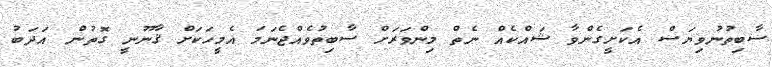
ސާބިތުނުވިޔަސް އެކަށީގެންވާ ޝައްކެއް ނެތް މިންވަރަށް ސާބިތުވެއްޖެނަމަ އެމީހަކަށް ޤާނޫނީ ގޮތުން އަދަބު